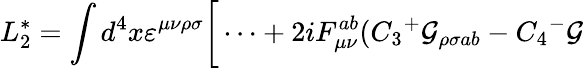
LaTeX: L_{2}^{*}=\int d^{4}x\varepsilon^{\mu\nu\rho\sigma}\bigg[\dots+2iF_{\mu\nu}^{ab}(C_{3}{^+}{\cal G}_{\rho\sigma ab}-C_{4}{^-}{\cal G}